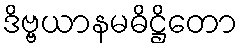
ဒိဗ္ဗယာနမဓိဋ္ဌိတော